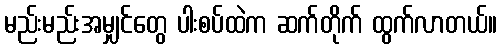
မည်းမည်းအမျှင်တွေ ပါးစပ်ထဲက ဆက်တိုက် ထွက်လာတယ်။